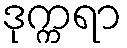
ဒုက္ကရာ